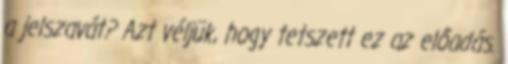
a jelszavát? Azt véljük, hogy tetszett ez az előadás.